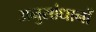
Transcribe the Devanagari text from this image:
अनुसांधानों